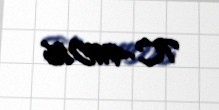
TC-411016